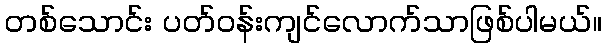
တစ်သောင်း ပတ်ဝန်းကျင်လောက်သာဖြစ်ပါမယ်။